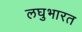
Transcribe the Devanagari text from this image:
लघुभारत